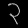
Digit: ၃